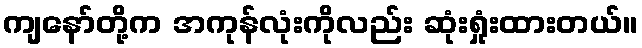
ကျနော်တို့က အကုန်လုံးကိုလည်း ဆုံးရှုံးထားတယ်။